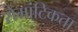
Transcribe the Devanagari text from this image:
रोमांटिकता